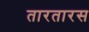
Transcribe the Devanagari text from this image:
तारतारस